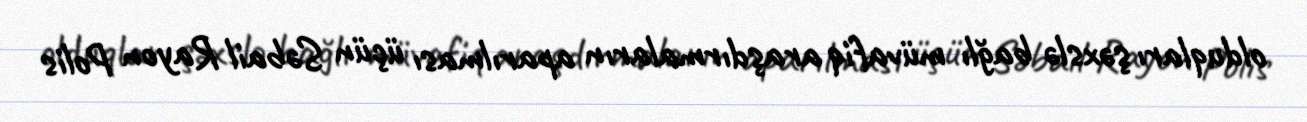
olduqları şəxslə bağlı müvafiq araşdırmaların aparılması üçün Səbail Rayon Polis